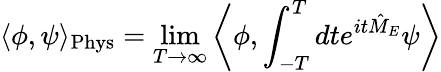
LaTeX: \langle\phi,\psi\rangle_{\mathrm{Phys}}=\operatorname*{lim}_{T\to\infty}\left\langle\phi,\int_{-T}^{T}dte^{it{\hat{M}}_{E}}\psi\right\rangle